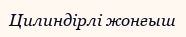
Цилиндірлі жонғыш